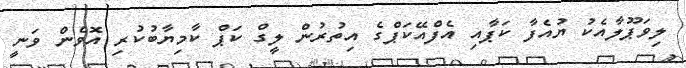
ލިވަޕޫލާއެކު ޔުއެފާ ކަޕާއި އެފްއޭކަޕްގެ އިތުރުން ލީގް ކަޕް ކާމިޔާބުކުރި އޮވެން ވަނީ